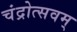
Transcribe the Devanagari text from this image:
चंद्रोत्सवम्